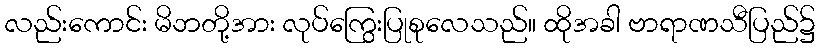
လည်းကောင်း မိဘတို့အား လုပ်ကြွေးပြုစုလေသည်။ ထိုအခါ ဗာရာဏသီပြည်၌